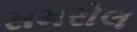
સમરોલ